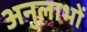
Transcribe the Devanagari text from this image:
अनुलाभों